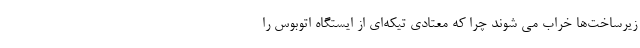
زیرساخت‌ها خراب می شوند چرا که معتادی تیکه‌ای از ایستگاه اتوبوس را